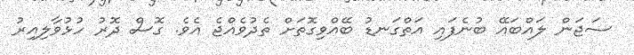
ސަޖަން ލައްބައޭ ބުނެފައި އަތްގަނޑު ބޭއްވިގޮތަށް ތެދުވެއްޖެ އެވެ. ގޮސް ދޮރު ހުޅުވާލިއިރު